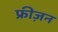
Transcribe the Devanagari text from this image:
फ्रीज़न